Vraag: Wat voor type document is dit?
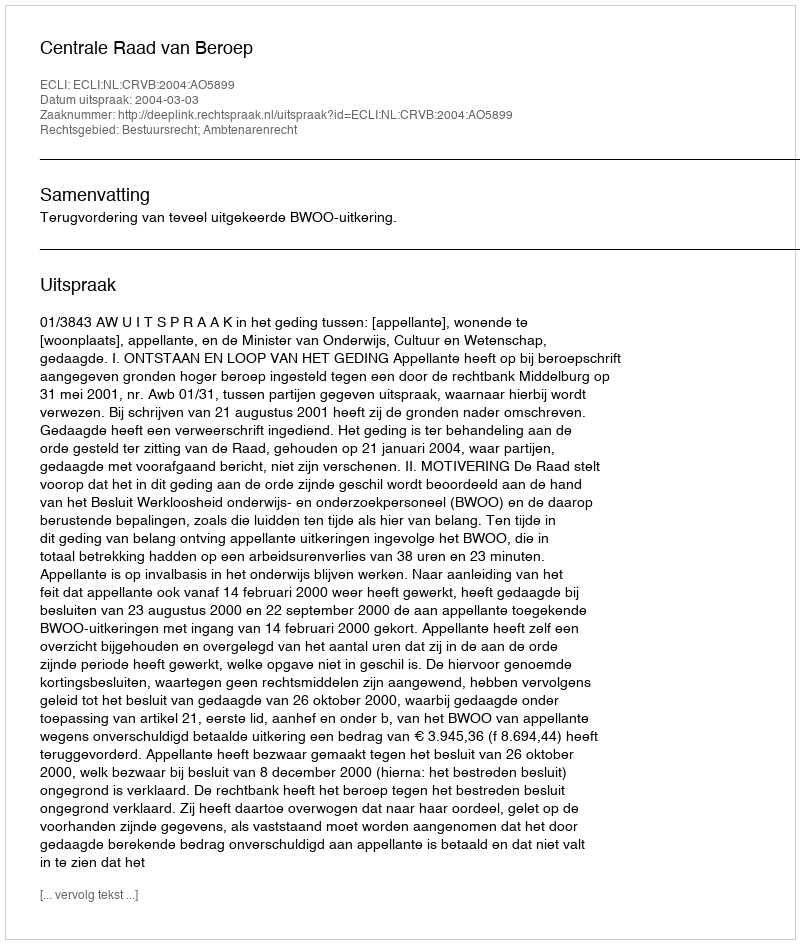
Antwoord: Uitspraak